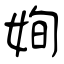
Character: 姰